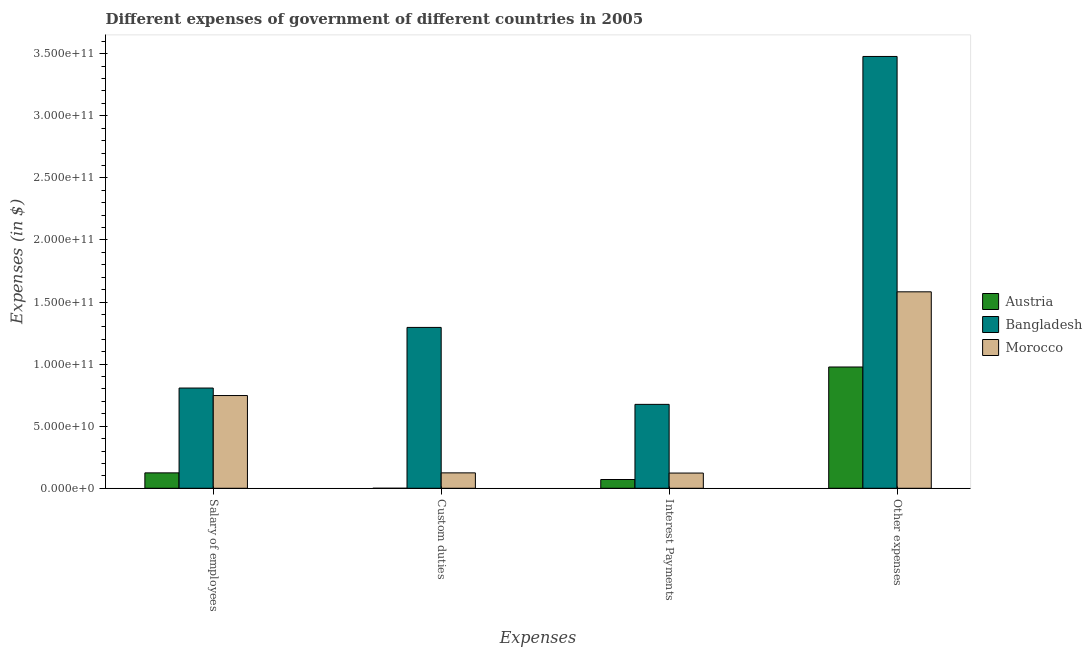
| Expenses | Austria | Bangladesh | Morocco |
 | --- | --- | --- | --- |
 | Salary of employees | 1.24e+10 | 8.07e+10 | 7.47e+10 |
 | Custom duties | 1.43e+06 | 1.3e+11 | 1.24e+10 |
 | Interest Payments | 7.06e+09 | 6.76e+10 | 1.23e+10 |
 | Other expenses | 9.77e+10 | 3.48e+11 | 1.58e+11 |